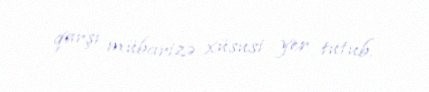
qarşı mübarizə xüsusi yer tutub.